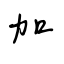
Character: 加